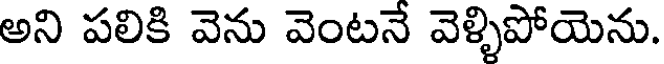
అని పలికి వెను వెంటనే వెళ్ళిపోయెను.